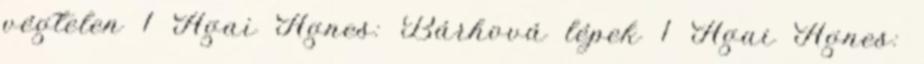
végtelen 1 Ágai Ágnes: Bárhová lépek 1 Ágai Ágnes: